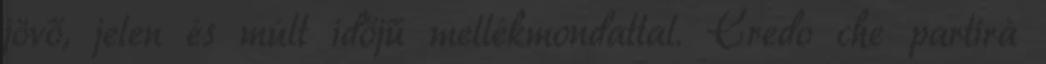
jövő, jelen és múlt időjű mellékmondattal. Credo che partirà